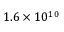
1 . 6 \times 1 0 ^ { 1 0 }